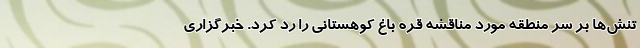
تنش‌ها بر سر منطقه مورد مناقشه قره باغ کوهستانی را رد کرد. خبرگزاری